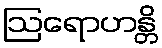
ဩရောဟန္တိ